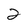
Character: 2